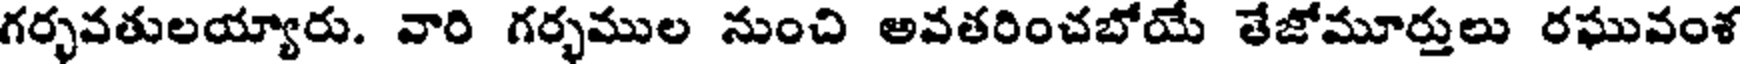
గర్భవతులయ్యారు. వారి గర్భముల నుంచి అవతరించబోయే తేజోమూర్తులు రఘువంశ